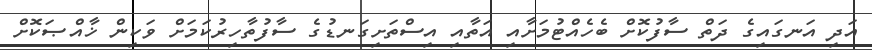
އަދި އަނގައިގެ ދަތް ސާފުކޮށް ބެހެއްޓުމަށާއި އަތާއި އިސްތަށިގަނޑުގެ ސާފުތާހިރުކަމަށް ވަކިން ޚާއްޞަކޮށް